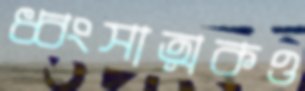
ধ্বংসাত্মকও